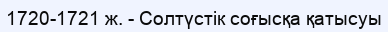
1720-1721 ж. - Солтүстік соғысқа қатысуы